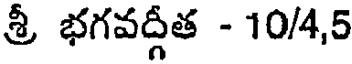
శ్రీ భగవద్గీత - 10/4,5